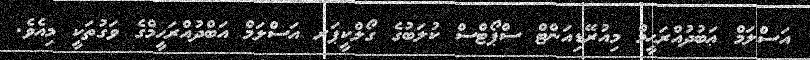
އަސްލަމް ޢަބުދުއްރަޙީމް މިއުރޭޑިއަންޓް ސްޕޯޓްސް ކުލަބުގެ ގޯލްކީޕަރ އަސްލަމް އަބްދުއްރަޙީމްގެ ވަގުތަކީ މިއެވެ.